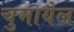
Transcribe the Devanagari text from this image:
चुमायेल